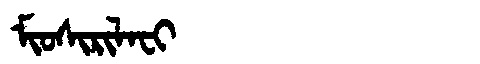
Manchu: ᠮᡳᠣᠰᡳᡵᡳᠯᠠᠸᡳ
Romanization: MIOSIRILAFI